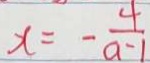
x = - \frac { 4 } { a - 1 }